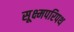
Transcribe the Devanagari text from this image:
सूक्ष्मपरिपथ